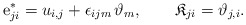
\begin{align*}{\rm e}^*_{ji} = u_{i,j}+ \epsilon_{ijm}\,\vartheta_m, \qquad \mathfrak{K}_{ji} =\vartheta_{j,i}.\end{align*}